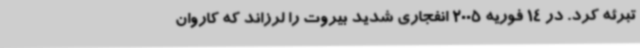
تبرئه کرد. در 14 فوریه 2005 انفجاری شدید بیروت را لرزاند که کاروان